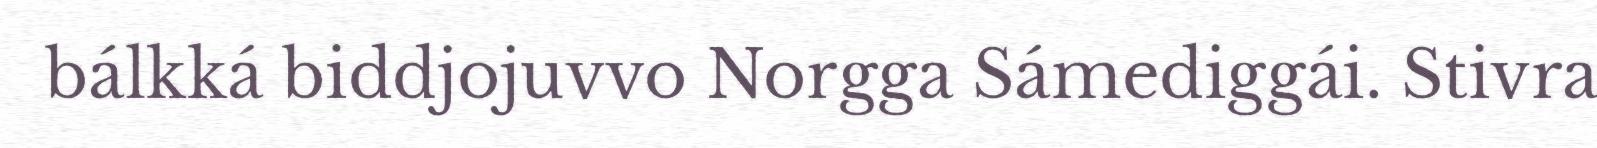
bálkká biddjojuvvo Norgga Sámediggái. Stivra